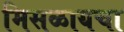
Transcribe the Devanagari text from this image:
मिसळायचा